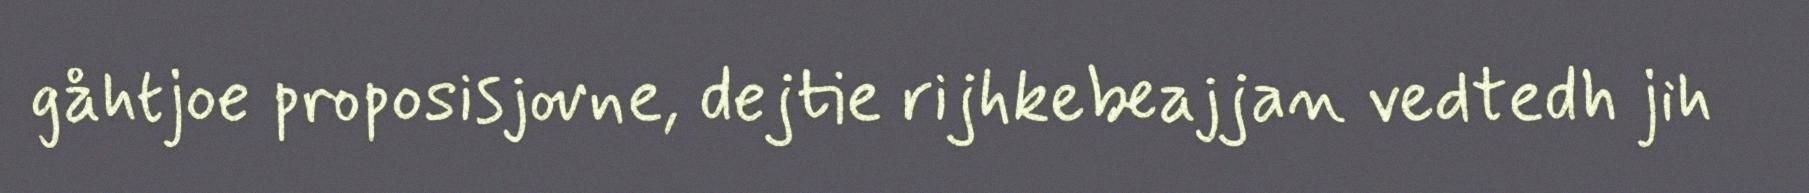
gåhtjoe proposisjovne, dejtie rijhkebeajjan vedtedh jih